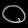
Digit: ၀